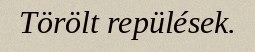
Törölt repülések.